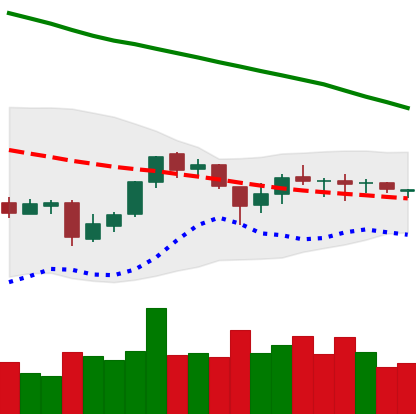
Ticker: EOS-USD
Chart end date: 2018-10-03
Forward return: 5.257%
Label: up_5_7